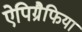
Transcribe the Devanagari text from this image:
ऐपिग्रैफिया